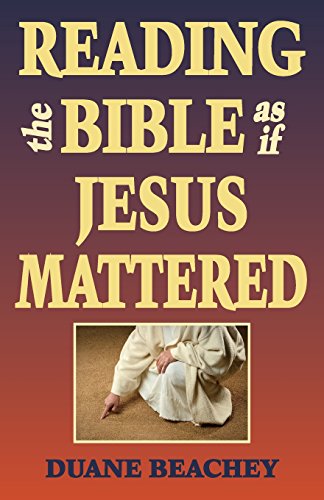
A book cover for Reading the Bible as If Jesus Mattered; Duane Beachey; Christian Books & Bibles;